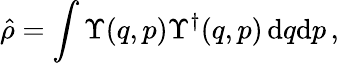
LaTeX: \hat{\rho}=\int\Upsilon(q,p)\Upsilon^{\dagger}(q,p)\, \mathrm{d}q\mathrm{d}p\, ,